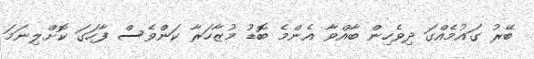
ބޭރު ގައުމެއްގަ ދިވެހިން ބާއްވާ އެންމެ ބޮޑު މުޒާހަރާ ކަންވެސް ފާހަގަ ކޮށްލިނަމަ